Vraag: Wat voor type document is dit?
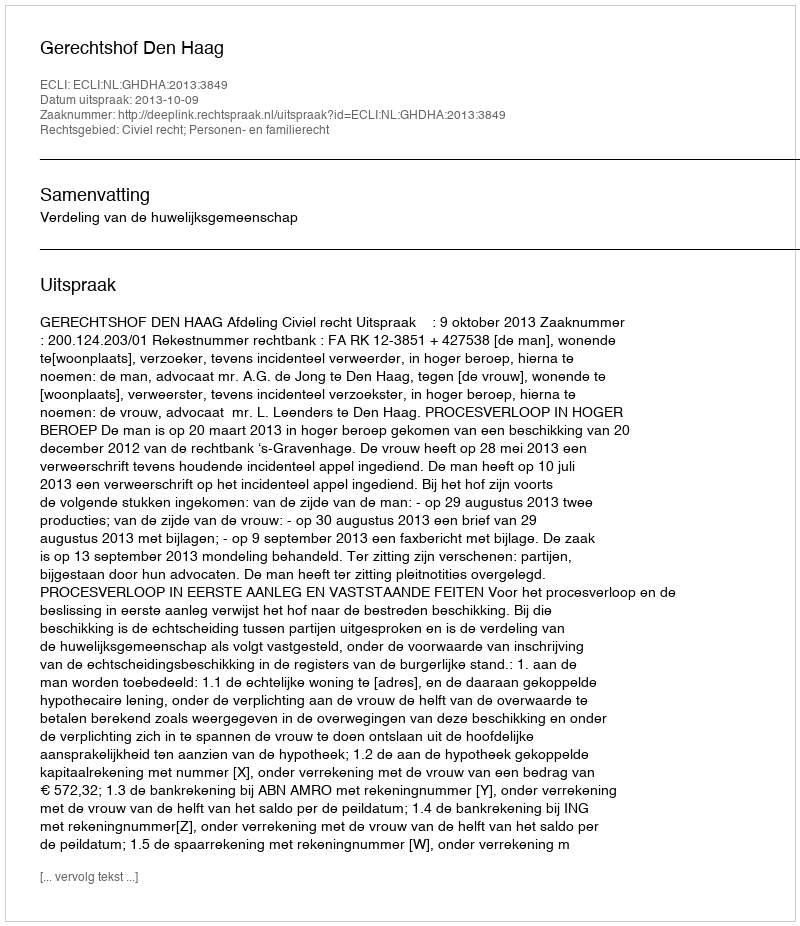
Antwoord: Uitspraak